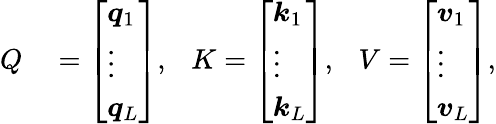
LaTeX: \begin{array}{rl}{Q}&{{}=\left[\begin{array}{l}{\boldsymbol{q}_{1}}\\ {\vdots}\\ {\boldsymbol{q}_{L}}\end{array}\right],\ \ \ K=\left[\begin{array}{l}{\boldsymbol{k}_{1}}\\ {\vdots}\\ {\boldsymbol{k}_{L}}\end{array}\right],\ \ \ V=\left[\begin{array}{l}{\boldsymbol{v}_{1}}\\ {\vdots}\\ {\boldsymbol{v}_{L}}\end{array}\right],}\end{array}